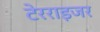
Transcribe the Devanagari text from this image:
टेरराइजर